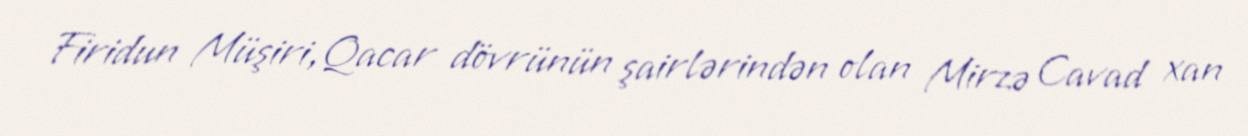
Firidun Müşiri,Qacar dövrünün şairlərindən olan Mirzə Cavad xan